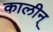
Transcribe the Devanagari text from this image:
कालीन्